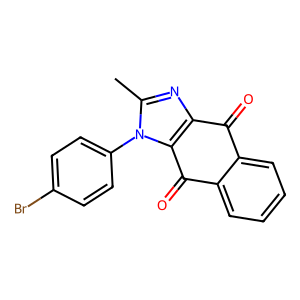
SMILES: Cc1nc2c(n1-c1ccc(Br)cc1)C(=O)c1ccccc1C2=O
Inhibits HIV replication: No